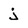
Character: j